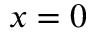
x = 0